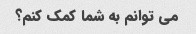
می توانم به شما کمک کنم؟